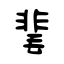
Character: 靟